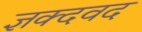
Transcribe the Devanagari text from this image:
ज्ञक्दवद